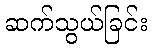
ဆက်သွယ်ခြင်း